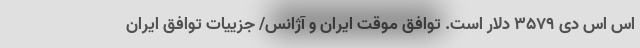
اس اس دی ۳۵۷۹ دلار است. توافق موقت ایران و آژانس/ جزییات توافق ایران